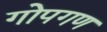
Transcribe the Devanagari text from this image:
गोपगण